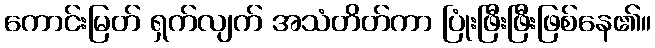
ကောင်းမြတ် ရှက်လျက် အသံတိတ်ကာ ပြုံးဖြီးဖြီးဖြစ်နေ၏။